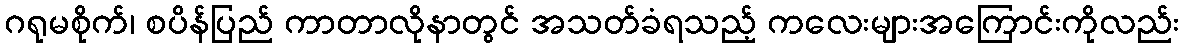
ဂရုမစိုက်၊ စပိန်ပြည် ကာတာလိုနာတွင် အသတ်ခံရသည့် ကလေးများအကြောင်းကိုလည်း